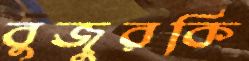
বুজুরকি